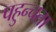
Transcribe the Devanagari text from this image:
पहुन्चता